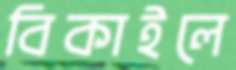
বিকাইলে